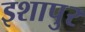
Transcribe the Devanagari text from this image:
इशापुर